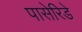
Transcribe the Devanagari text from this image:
पासेरिडे